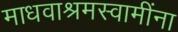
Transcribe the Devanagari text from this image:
माधवाश्रमस्वामींना